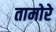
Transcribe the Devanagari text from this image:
तामोरे